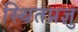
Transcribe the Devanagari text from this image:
स्थितप्रज्ञु